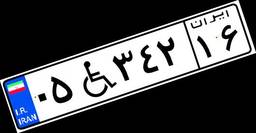
۹۷W۵۲۱۸۵